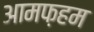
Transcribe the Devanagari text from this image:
आमफ़हम